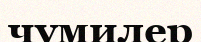
чумилер